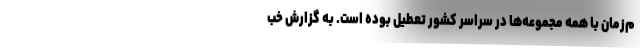
م‌زمان با همه مجموعه‌ها در سراسر کشور تعطیل بوده است. به گزارش خب